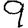
Digit: 9